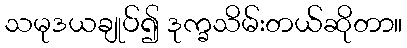
သမုဒယချုပ်၍ ဒုက္ခသိမ်းတယ်ဆိုတာ။